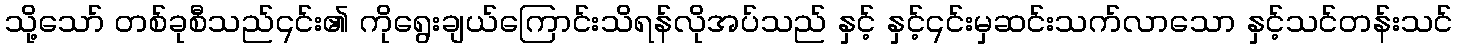
သို့သော် တစ်ခုစီသည်၎င်း၏ ကိုရွေးချယ်ကြောင်းသိရန်လိုအပ်သည် နှင့် နှင့်၎င်းမှဆင်းသက်လာသော နှင့်သင်တန်းသင်